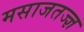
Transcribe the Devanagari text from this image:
मसाजतज्ज्ञ